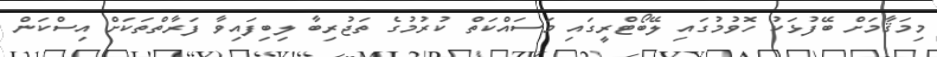
މިމަޤާމަށް ބޭފުޅަކު ހޮވުމުގައި ލޭބޯޓްރީގައި މަސައްކަތް ކުރުމުގެ ތަޖުރިބާ ލިބިފައިވާ ފަރާތްތަކަށް އިސްކަން